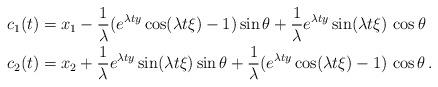
LaTeX: \begin{align*}& c_1(t) = x_1 - \frac1\lambda(e^{\lambda t y}\cos(\lambda t \xi)-1)\sin\theta + \frac1\lambda e^{\lambda t y} \sin(\lambda t \xi) \, \cos\theta \\& c_2(t) = x_2 + \frac1\lambda e^{\lambda t y} \sin(\lambda t \xi)\sin\theta + \frac1\lambda (e^{\lambda t y}\cos(\lambda t \xi)-1) \, \cos\theta \,.\end{align*}